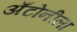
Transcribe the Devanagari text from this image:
अँटोनीला